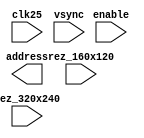
`timescale 1ns / 1ps
//////////////////////////////////////////////////////////////////////////////////
// Company: 
// Engineer: 
// 
// Design Name: 
// Module Name: address_generator
// Project Name: 
// Target Devices: 
// Tool Versions: 
// Description: 
// 
// Dependencies: 
// 
// Revision:
// Revision 0.01 - File Created
// Additional Comments:
// 
//////////////////////////////////////////////////////////////////////////////////


module address_generator(
    input clk25,
    input rez_160x120,
    input rez_320x240,
    input enable,
    input vsync,
    output address
);
endmodule